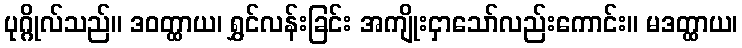
ပုဂ္ဂိုလ်သည်။ ဒဝတ္ထာယ၊ ရွှင်လန်းခြင်း အကျိုးငှာသော်လည်းကောင်း။ မဒတ္ထာယ၊